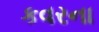
કવરના